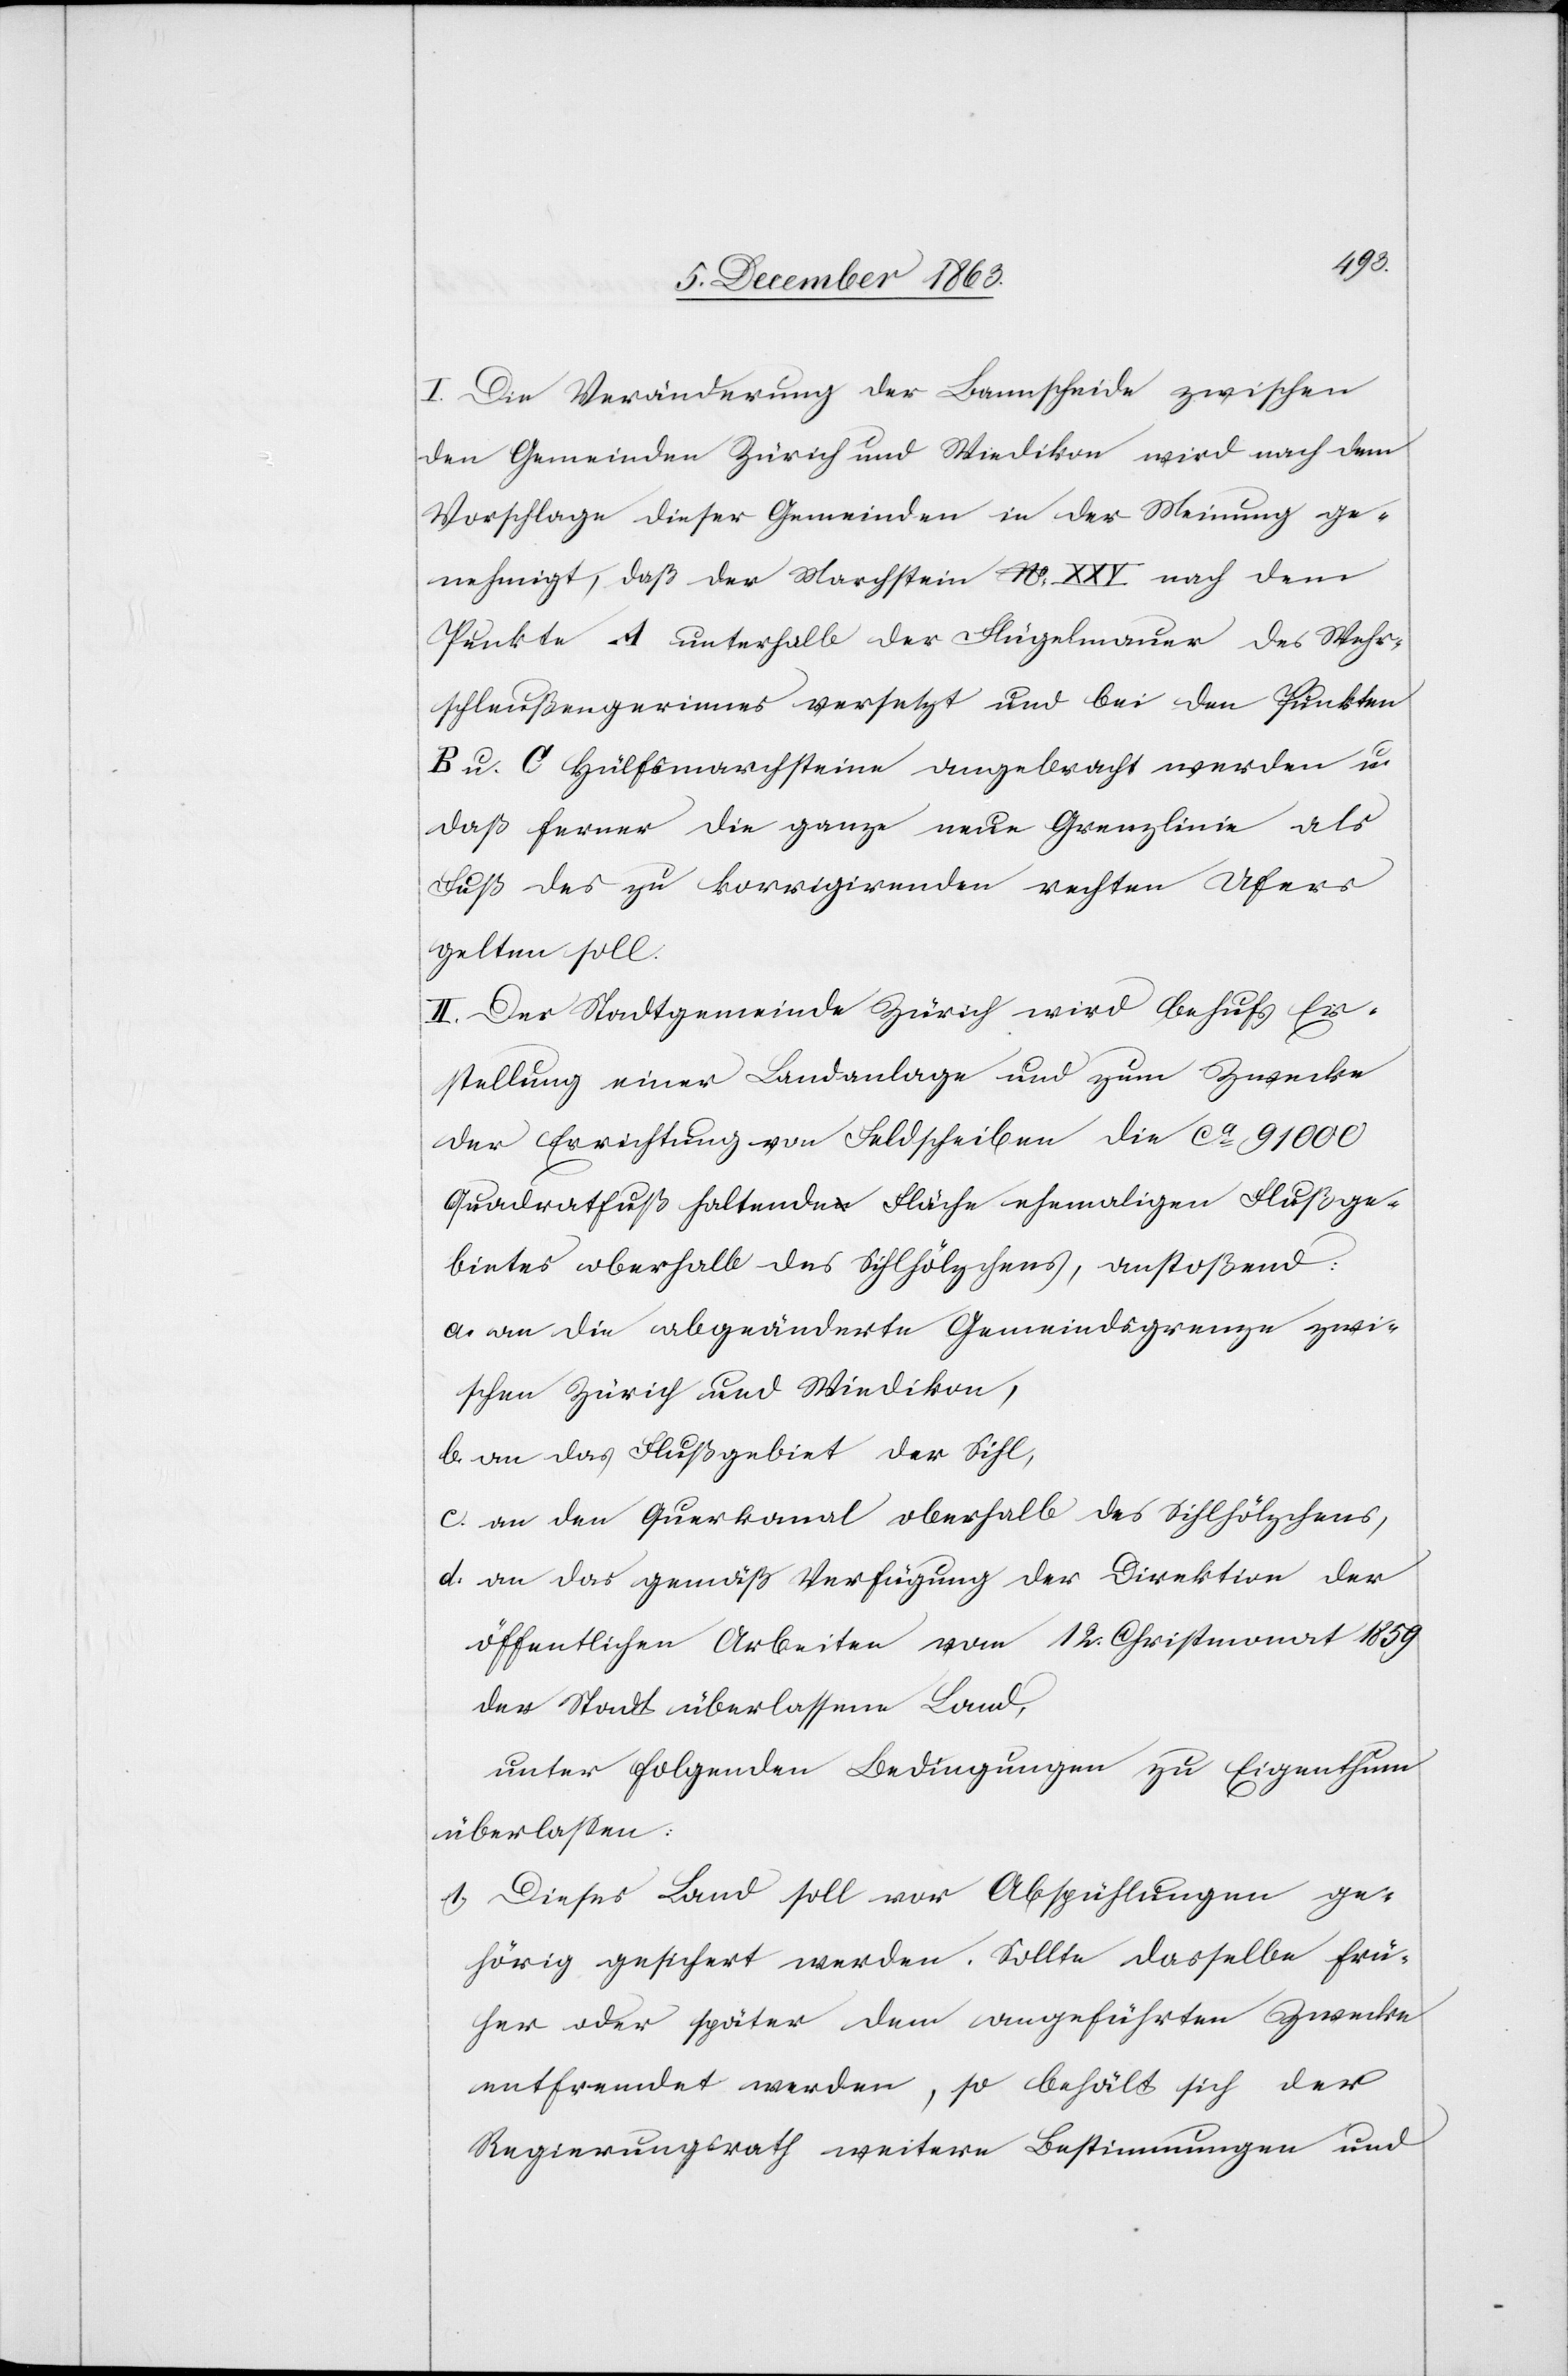
I. Die Veränderung der Bannscheide zwischen
den Gemeinden Zürich und Wiedikon wird nach dem
Vorschlage dieser Gemeinden in der Meinung ge¬
nehmigt, daß der Marchstein No XXV nach dem
Punkte A unterhalb der Flügelmauer des Wehr¬
schleußengerinnes versetzt und bei den Punkten
B u. C Hülfsmarchsteine angebracht werden u.
daß ferner die ganze neue Grenzlinie als
Fuß des zu korrigirenden rechten Ufers
gelten soll.
II. Der Stadtgemeinde Zürich wird behufs Er¬
stellung einer Landanlage und zum Zwecke
der Errichtung von Feldscheiben die ca 91 000
Quadratfuß haltende Fläche ehemaligen Flußge¬
bietes oberhalb des Sihlhölzchens, anstoßend:
a. an die abgeänderte Gemeindsgrenze zwi¬
schen Zürich und Wiedikon,
b. an das Flußgebiet der Sihl,
c. an den Querkanal oberhalb des Sihlhölzchens,
d. an das gemäß Verfügung der Direktion der
öffentlichen Arbeiten vom 12. Christmonat 1859
der Stadt überlassene Land,
unter folgenden Bedingungen zu Eigenthum
überlassen:
1.) Dieses Land soll vor Abspühlungen ge¬
hörig gesichert werden. Sollte dasselbe frü¬
her oder später dem angeführten Zwecke
entfremdet werden, so behält sich der
Regierungsrath weitere Bestimmungen und